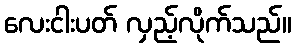
လေးငါးပတ် လှည့်လိုက်သည်။